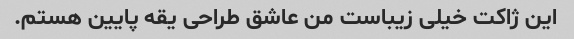
این ژاکت خیلی زیباست من عاشق طراحی یقه پایین هستم.